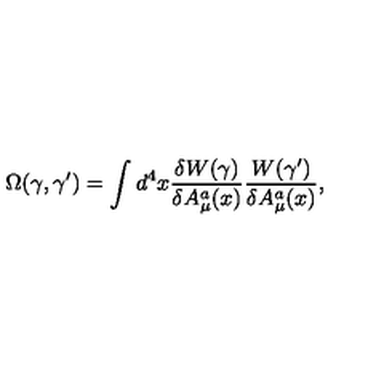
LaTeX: \Omega ( \gamma , \gamma ^ { \prime } ) = \int d ^ { 4 } x \frac { \delta W ( \gamma ) } { \delta A _ { \mu } ^ { a } ( x ) } \frac { W ( \gamma ^ { \prime } ) } { \delta A _ { \mu } ^ { a } ( x ) } ,